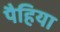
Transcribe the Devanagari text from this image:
पैहिया